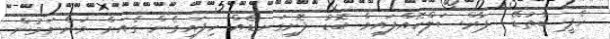
ހެޕީ ބާތުޑޭ  ޕާރްސަލްކޮއްފައިވާ ބޮޑު ފޮށިގަނޑެއް ހިފައިގެން ގެއަށް ވަންނަމުން